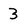
Character: 3